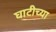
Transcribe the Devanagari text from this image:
घाटीच्या